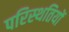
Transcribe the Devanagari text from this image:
परिस्‍थतियों